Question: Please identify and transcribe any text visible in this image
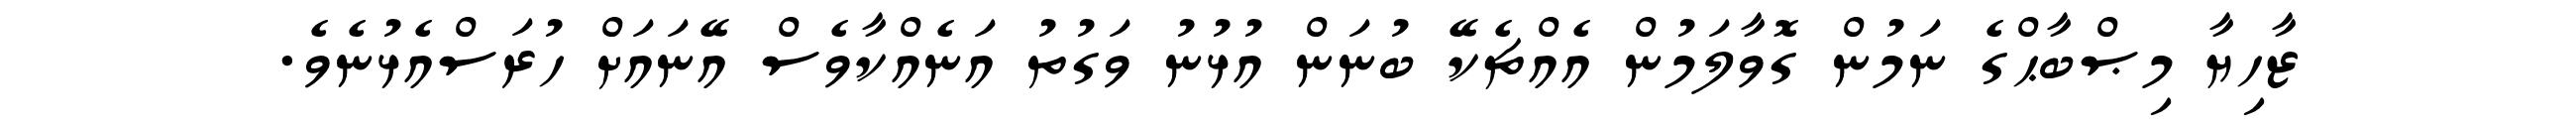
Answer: ޒާހިޔާ މިޞްބާޙްގެ ނަމުން ގޮވާލަމުން އެއްޗެކޭ ބުނަން އުޅުނު ވަގުތު އަނެއްކާވެސް އޭނައަށް ހުރަސްއެޅުނެވެ.